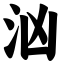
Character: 汹